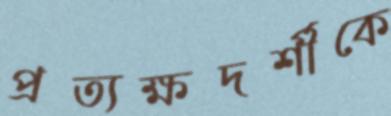
প্রত্যক্ষদর্শীকে